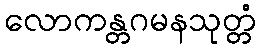
လောကန္တဂမနသုတ္တံ